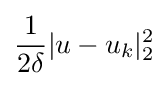
{\frac {1}{2\delta }}|u-u_{k}|_{2}^{2}